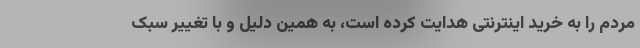
مردم را به خرید اینترنتی هدایت کرده است، به همین دلیل و با تغییر سبک